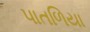
પાતળિયા